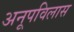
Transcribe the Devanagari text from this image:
अनूपविलास